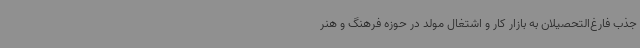
جذب فارغ‌التحصیلان به بازار کار و اشتغال مولد در حوزه فرهنگ و هنر